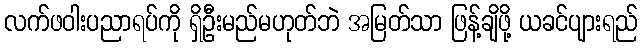
လက်ဖဝါးပညာရပ်ကို ရှိဦးမည်မဟုတ်ဘဲ အမြတ်သာ ဖြန့်ချိဖို့ ယခင်ပျားရည်